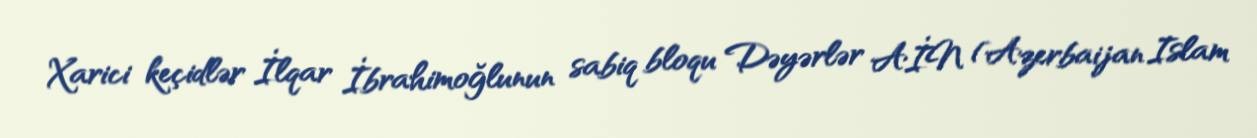
Xarici keçidlər İlqar İbrahimoğlunun sabiq bloqu Dəyərlər AİN (Azerbaijan Islam